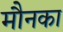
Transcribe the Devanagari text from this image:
मौनका